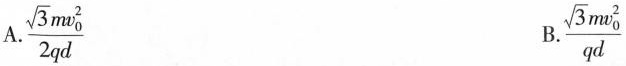
A.\frac{\sqrt{3} m v_{0}^{2}}{2qd} B.\frac{\sqrt{3} m v_{0}^{2}}{qd}